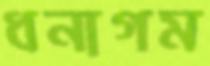
ধনাগম